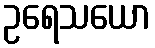
ဥရေသယော